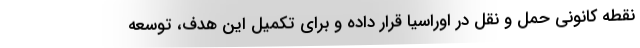
نقطه کانونی حمل و نقل در اوراسیا قرار داده و برای تکمیل این هدف، توسعه